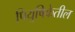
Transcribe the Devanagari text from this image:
पियुषिकेतील